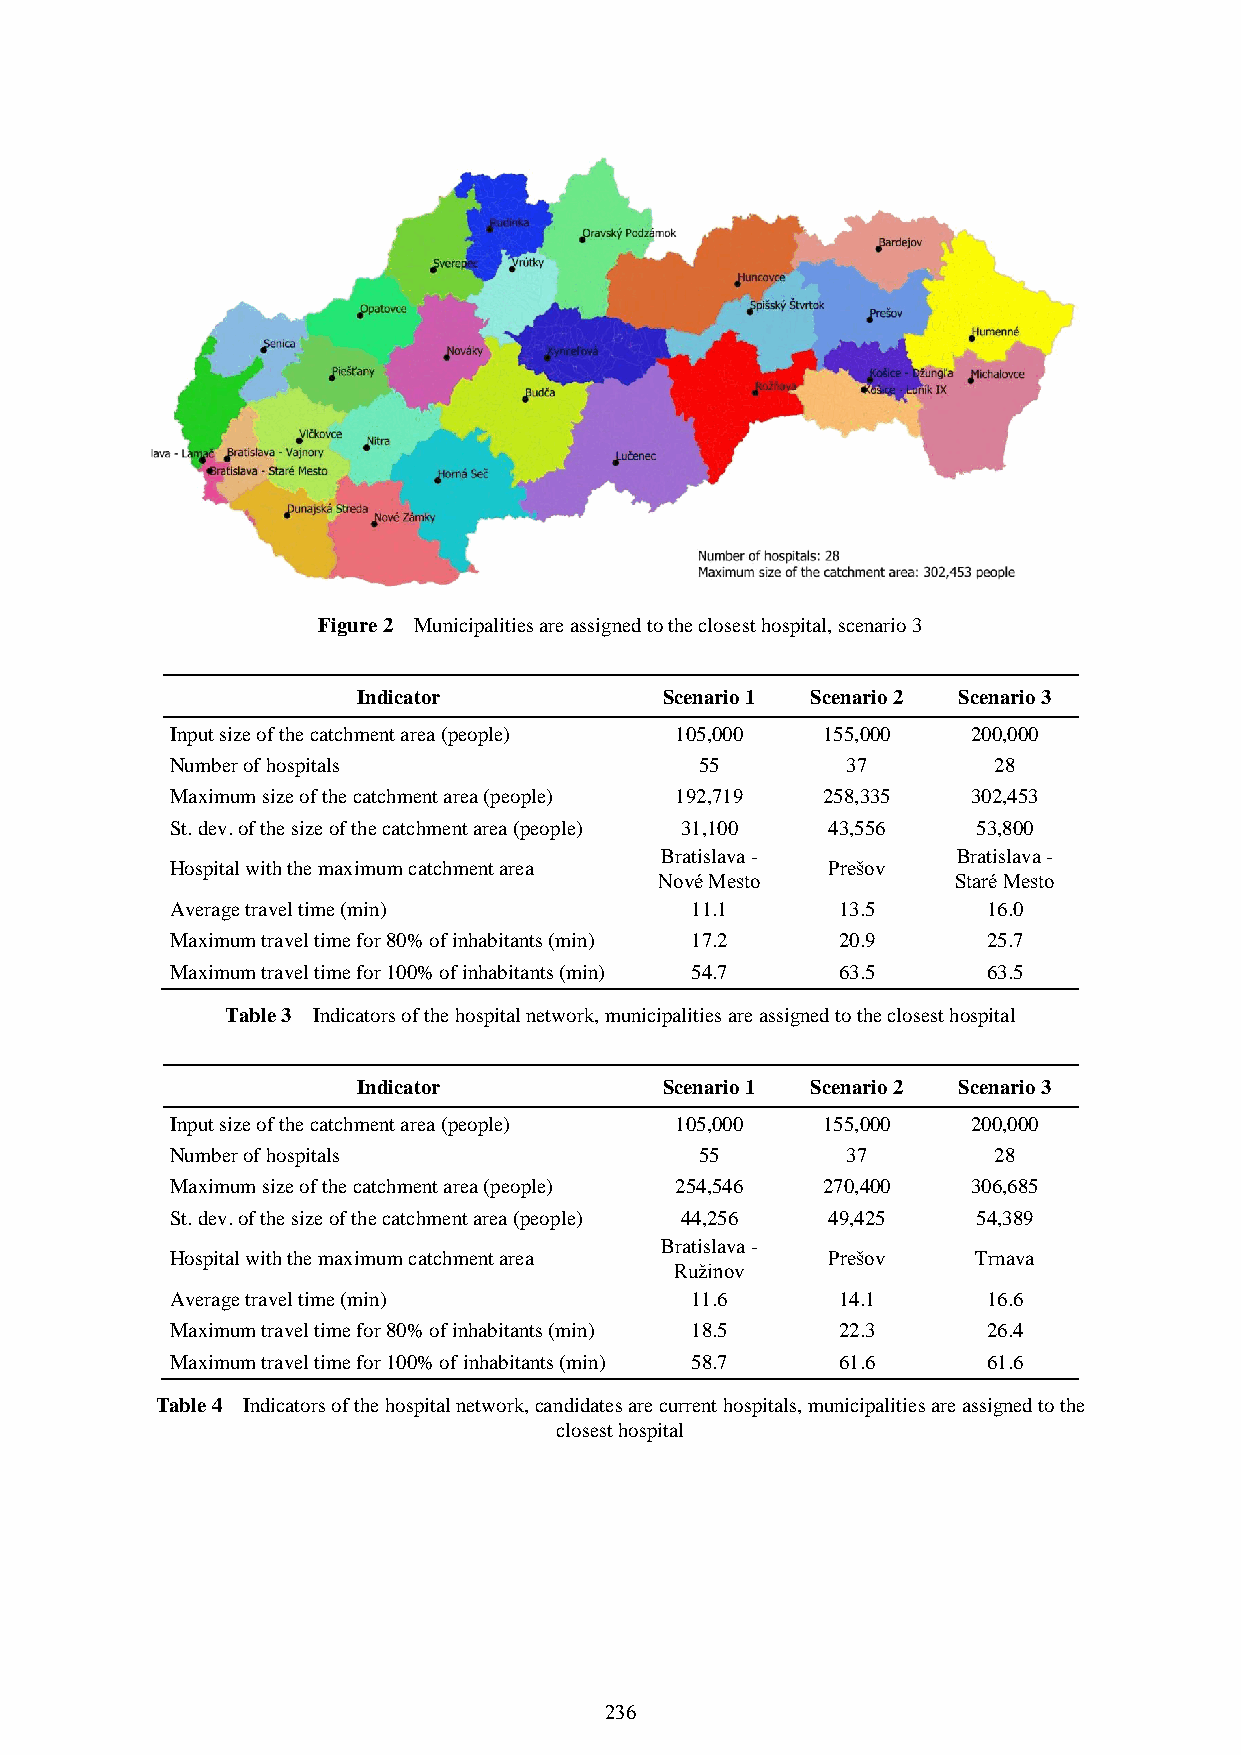
Figure 2 Municipalities are assigned to the closest hospital, scenario 3
 Indicator           Scenario 1 Scenario 2 Scenario 3
 Input size of the catchment area (people) 105,000 155,000 200,000
 Number of hospitals                55        37        28
 Maximum size of the catchment area (people) 192,719 258,335 302,453
 St. dev. of the size of the catchment area (people) 31,100 43,556 53,800
 Bratislava -       Bratislava -
 Hospital with the maximum catchment area    Prešov
 Nové Mesto         Staré Mesto
 Average travel time (min)          11.1     13.5      16.0
 Maximum travel time for 80% of inhabitants (min) 17.2 20.9 25.7
 Maximum travel time for 100% of inhabitants (min) 54.7 63.5 63.5
 Table 3 Indicators of the hospital network, municipalities are assigned to the closest hospital
 Indicator           Scenario 1 Scenario 2 Scenario 3
 Input size of the catchment area (people) 105,000 155,000 200,000
 Number of hospitals                55        37        28
 Maximum size of the catchment area (people) 254,546 270,400 306,685
 St. dev. of the size of the catchment area (people) 44,256 49,425 54,389
 Bratislava -
 Hospital with the maximum catchment area    Prešov    Trnava
 Ružinov
 Average travel time (min)          11.6     14.1      16.6
 Maximum travel time for 80% of inhabitants (min) 18.5 22.3 26.4
 Maximum travel time for 100% of inhabitants (min) 58.7 61.6 61.6
 Table 4 Indicators of the hospital network, candidates are current hospitals, municipalities are assigned to the
 closest hospital
 236